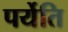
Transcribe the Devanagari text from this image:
पर्येति